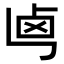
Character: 𠧤